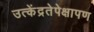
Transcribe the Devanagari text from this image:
उत्केंद्रतेपेक्षापण